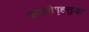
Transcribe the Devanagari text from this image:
वसतीगृहसुद्धा